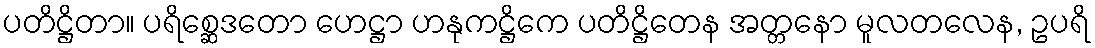
ပတိဋ္ဌိတာ။ ပရိစ္ဆေဒတော ဟေဋ္ဌာ ဟနုကဋ္ဌိကေ ပတိဋ္ဌိတေန အတ္တနော မူလတလေန, ဥပရိ